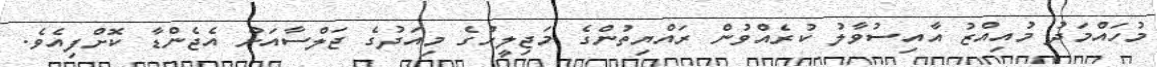
މުހައްމަދު މުއިއްޒު އާއިސުވާލު ކުރެއްވުން ރައްޔިތުންގެ މަޖިލީހުގެ މިއަދުގެ ޖަލްސާއަށް އެޖެންޑާ ކޮށްފިއެވެ.